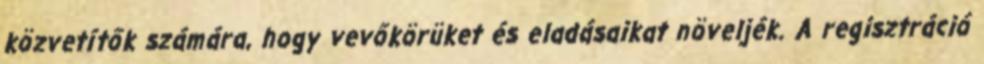
közvetítők számára, hogy vevőkörüket és eladásaikat növeljék. A regisztráció